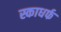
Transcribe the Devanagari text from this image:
स्काधर्फ